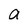
Character: a